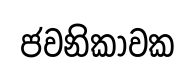
ජවනිකාවක